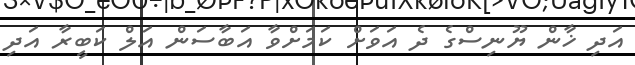
އަދި ޚާން ޔޫނިސްގެ ދެ އަވަށް ކަމަށްވާ އަބާސަން އަލް ކަބީރާ އަދި